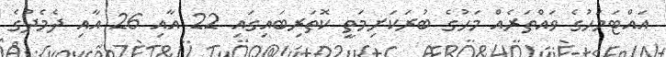
އައްޓަމަހުގެ ވައްތަރެއް މަހުގެ ބުރަކަށިމަތީ ކޮތަރިބައިގައި 22 އާއި 26 އާއި ދެމެދުގެ